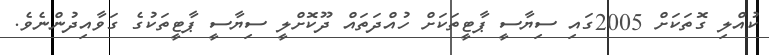
ކުއްލި ގޮތަކަށް 2005ގައި ސިޔާސީ ޕާޓީތަކަށް ހުއްދަތައް ދޫކޮށްލީ ސިޔާސީ ޕާޓީތަކުގެ ގަވާއިދުންނެވެ.